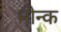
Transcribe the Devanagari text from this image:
मोन्क